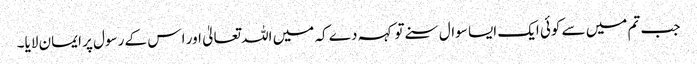
جب تم میں سے کوئی ایک ایسا سوال سنے تو کہہ دے کہ میں اللہ تعالیٰ اور ا س کے رسول پر ایمان لایا۔